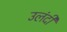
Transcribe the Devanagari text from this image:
उलंदी